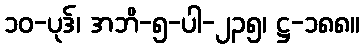
၁၀-ပုဒ်၊ အဘိ-၅-ပါ-၂၃၅၊ ဋ္ဌ-၁၈၈။